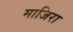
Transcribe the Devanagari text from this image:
माजिरा